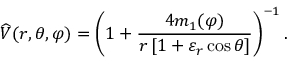
{ \widehat { V } } ( r , \theta , \varphi ) = \left( 1 + { \frac { 4 m _ { 1 } ( \varphi ) } { r \left[ 1 + \varepsilon _ { r } \cos \theta \right] } } \right) ^ { - 1 } .